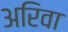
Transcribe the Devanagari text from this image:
अरिवा